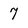
Character: 7